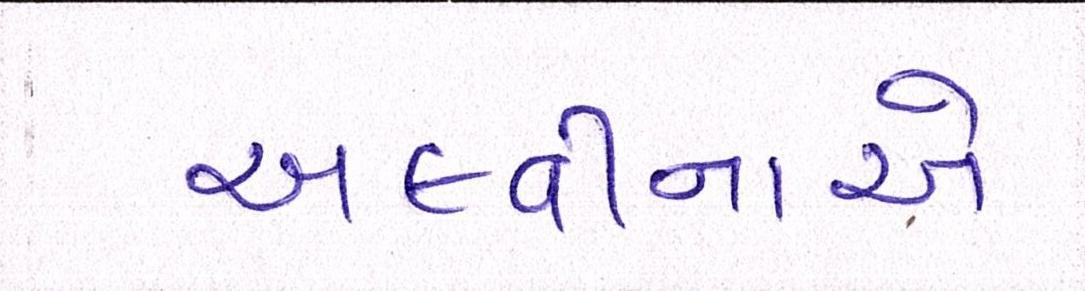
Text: અલ્વીનાએ